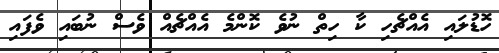
ހޮޑުލައި އެއްޗެހި ކާ ހިތް ނުވެ ކޮންމެ އެއްޗެއް ވެސް ނުބައި ވެފައި